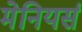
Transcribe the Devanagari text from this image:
मेनियर्स